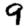
Digit: 9